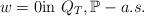
LaTeX: \begin{align*}w=0 {\rm in}\ Q_T,\mathbb P-a.s.\end{align*}